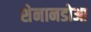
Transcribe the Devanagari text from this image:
शेनानडोआ